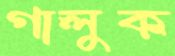
গালুক